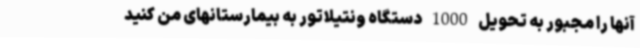
آنها را مجبور به تحویل 1000 دستگاه ونتیلاتور به بیمارستانهای من کنید